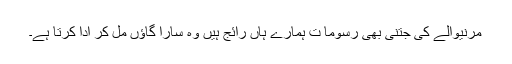
مرنیوالے کی جتنی بھی رسوما ت ہمارے ہاں رائج ہیں وہ سارا گاؤں مل کر ادا کرتا ہے۔